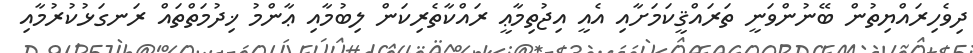
ދިވެހިރައްޔިތުން ބޭނުންވަނީ ތަރައްޤީކަމަށާއި އެއީ އިޖުތިމާޢީ ރައްކާތެރިކަން ލިބުމާއި ޢާންމު ޚިދުމަތްތައް ރަނގަޅުކުރުމާއި